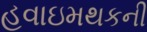
હવાઇમથકની